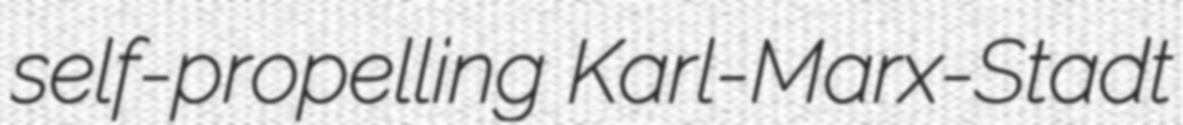
self-propelling Karl-Marx-Stadt